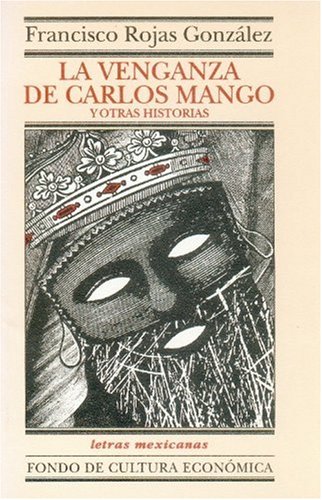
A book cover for La venganza de Carlos Mango y otras historias (Literatura) (Spanish Edition); Rojas GonzÃ¡lez Francisco; Literature & Fiction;